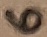
Text: 6